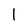
Character: l